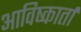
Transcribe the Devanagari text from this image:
आविष्कार्ता